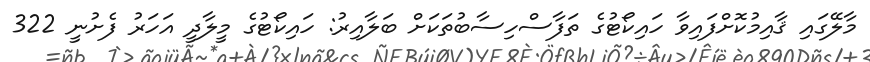
މާލޭގައި ޤާއިމުކޮށްފައިވާ ހައިކޯޓުގެ ތަފާސްހިސާބުތަކަށް ބަލާއިރު: ހައިކޯޓުގެ މީލާދީ އަހަރު ފެށުނީ 322